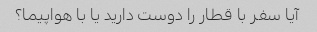
آیا سفر با قطار را دوست دارید یا با هواپیما؟